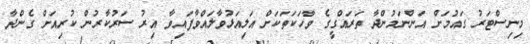
މިނިސްޓަރު ގައުމަށް އަންނަމުންދާ ތަރައްގީގެ ވާހަކަތަކަށް އަލިއަޅުވާލައްވާފައިވާ އިރު ސަރުކާރުން ކުރިއަށް ގެންދާ